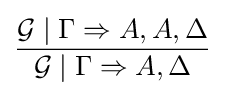
{\frac {{\mathcal {G}}\mid \Gamma \Rightarrow A,A,\Delta }{{\mathcal {G}}\mid \Gamma \Rightarrow A,\Delta }}